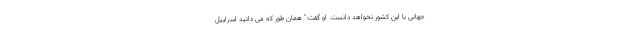
جهانی با این کشور نخواهد دانست. او گفت:" همان طور که می دانید اسراییل